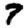
Digit: 7